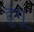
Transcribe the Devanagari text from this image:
हुंगू